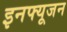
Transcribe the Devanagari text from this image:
इनफ्यूजन